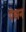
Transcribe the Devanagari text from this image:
पेसन